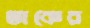
তাকের